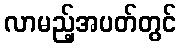
လာမည့်အပတ်တွင်